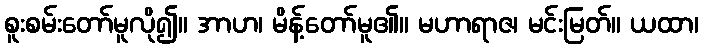
စူးစမ်းတော်မူလို၍။ အာဟ၊ မိန့်တော်မူ၏။ မဟာရာဇ၊ မင်းမြတ်။ ယထာ၊